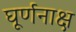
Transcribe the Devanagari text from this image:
घूर्णनाक्ष